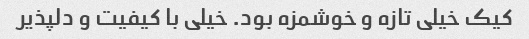
کیک خیلی تازه و خوشمزه بود. خیلی با کیفیت و دلپذیر